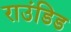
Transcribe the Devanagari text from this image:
राउंडिड